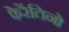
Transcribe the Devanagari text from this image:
फेरेंतिनो